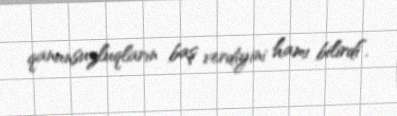
qanunsuzluqların baş verdiyini hamı bilirdi”.